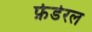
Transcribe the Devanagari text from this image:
फ़ेडेरल